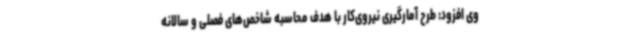
وی افزود: طرح آمارگیری نیروی‌کار با هدف محاسبه شاخص‌های فصلی و سالانه